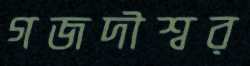
গজদীশ্বর